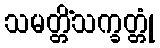
သမတ္တိံသက္ခတ္တုံ